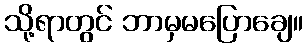
သို့ရာတွင် ဘာမှမပြောချေ။